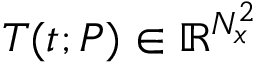
\boldsymbol { T } ( t ; P ) \in \mathbb { R } ^ { N _ { x } ^ { 2 } }